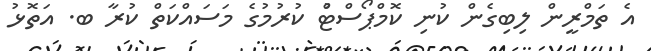
އެ ތަމްރީން ލިބިގެން ކުނި ކޮމްޕޯސްޓުް ކުރުމުގެ މަސައްކަތް ކުރާ ބ. އަތޮޅު